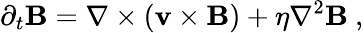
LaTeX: \partial_{t}\mathbf{B}=\mathbf{\nabla}\times(\mathbf{v}\times\mathbf{B})+\eta\nabla^{2}\mathbf{B}~,